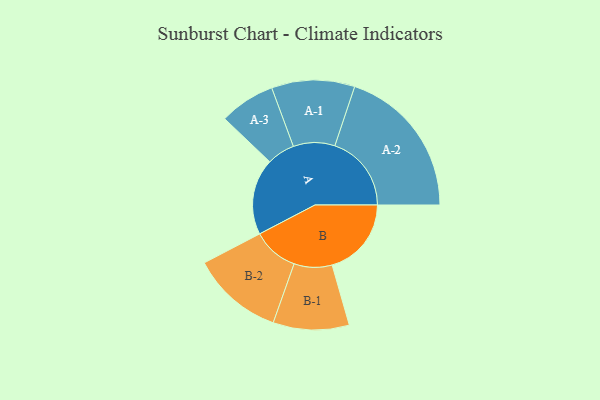
{"axis": {"x": "Segment", "y": "Value"}, "legend": ["", "A", "B"], "data": [{"x": "A", "y": 279, "type": ""}, {"x": "B", "y": 290, "type": ""}, {"x": "A-1", "y": 152, "type": "A"}, {"x": "A-2", "y": 280, "type": "A"}, {"x": "A-3", "y": 102, "type": "A"}, {"x": "B-1", "y": 139, "type": "B"}, {"x": "B-2", "y": 168, "type": "B"}]}